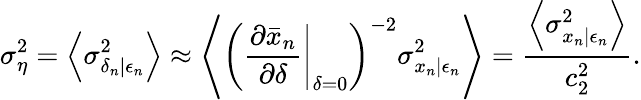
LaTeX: \sigma_{\eta}^{2}=\left\langle\sigma_{\delta_{n}|\epsilon_{n}}^{2}\right\rangle\approx\left\langle\left(\left.\frac{\partial\bar{x}_{n}}{\partial\delta}\right|_{\delta=0}\right)^{-2}\sigma_{x_{n}|\epsilon_{n}}^{2}\right\rangle=\frac{\left\langle\sigma_{x_{n}|\epsilon_{n}}^{2}\right\rangle}{c_{2}^{2}}.